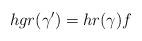
LaTeX: \begin{align*}h g r(\gamma') = h r(\gamma) f\end{align*}